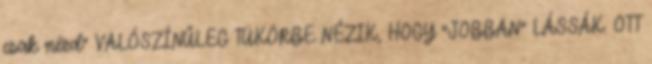
csak nézd” VALÓSZÍNŰLEG TÜKÖRBE NÉZIK, HOGY “JOBBAN” LÁSSÁK. OTT